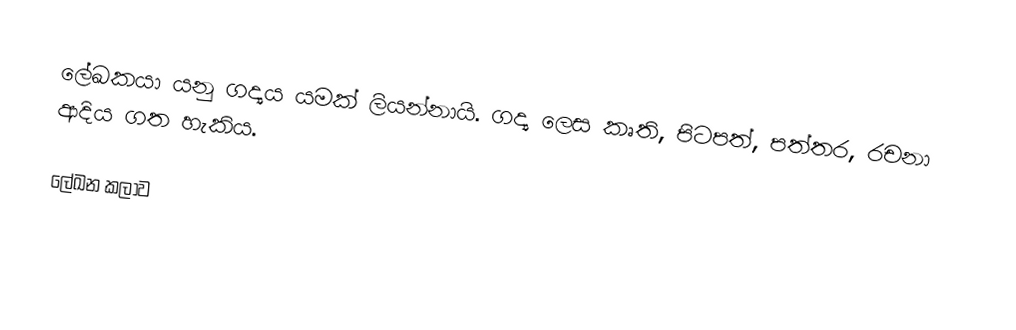
ලේඛකයා යනු ගද්‍යය යමක් ලියන්නායි. ගද්‍ය ලෙස කෘති, පිටපත්, පත්තර, රචනා ආදිය ගත හැකිය.

ලේඛන කලාව